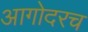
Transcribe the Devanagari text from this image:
आगोदरच